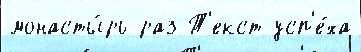
монасты́рь раз Т'екст усп'е́ха